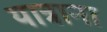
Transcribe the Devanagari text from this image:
यात्राना